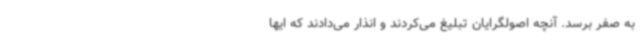
به صفر برسد. آنچه اصولگرایان تبلیغ می‌کردند و انذار می‌دادند که ایها